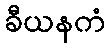
ခီယနကံ